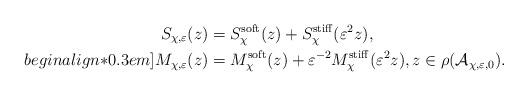
LaTeX: \begin{align*} S_{\chi,\varepsilon}(z) &= S_{\chi}^{\rm soft}(z) + S_{\chi}^{\rm stiff}(\varepsilon^2 z),\\begin{align*}0.3em] M_{\chi,\varepsilon}(z) &= M_{\chi}^{\rm soft}(z) +\varepsilon^{-2}M_{\chi}^{\rm stiff}(\varepsilon^2 z), z\in \rho(\mathcal{A}_{\chi,\varepsilon,0}).\end{align*}